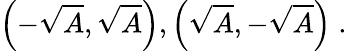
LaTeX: \left(-{\sqrt{A}},{\sqrt{A}}\right),\left({\sqrt{A}},-{\sqrt{A}}\right)\; .